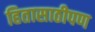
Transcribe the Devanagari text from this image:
हितासाठीपण